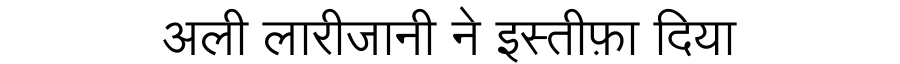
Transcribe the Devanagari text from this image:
अली लारीजानी ने इस्तीफ़ा दिया